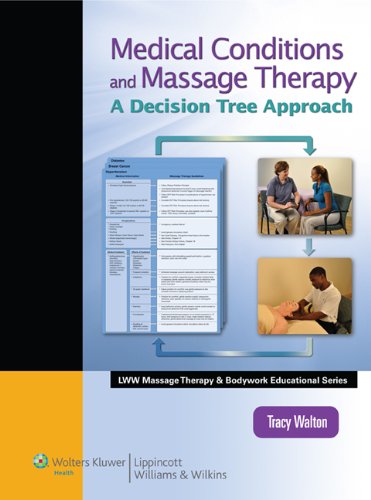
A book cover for Medical Conditions and Massage Therapy: A Decision Tree Approach (LWW Massage Therapy and Bodywork Educational Series); Tracy Walton; Health, Fitness & Dieting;